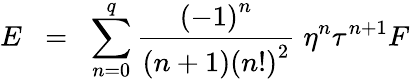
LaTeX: E\; \; =\; \; \sum_{n=0}^{q}{\frac{{(-1)}^{n}}{(n+1){(n!)}^{2}}}\; \eta^{n}\tau^{n+1}F